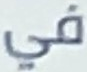
في